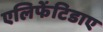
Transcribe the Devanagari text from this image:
एलिफेंटिडाए